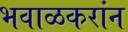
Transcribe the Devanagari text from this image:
भवाळकरांन